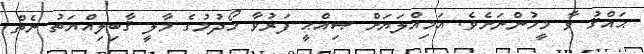
ޙައްޤު ވާ މީހުންނަށެވެ. އަމިއްލަޔަށް ޞިއްޙީ ފަރުވާ ހޯދުމުގެ މާލީ ޤާބިލިއްޔަތު ނެތް